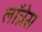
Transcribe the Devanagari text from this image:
लॉन्नेस